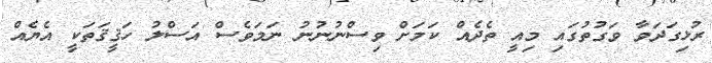
ރުޅިގަދަވާ ވަގުތުގައި މިއީ ތެދެއް ކަމަށް ވިސްނުނުނު ނަމަވެސް އަސްލު ހަޤީޤަތަކީ އެޔެއް